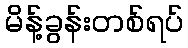
မိန့်ခွန်းတစ်ရပ်